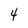
Character: 4